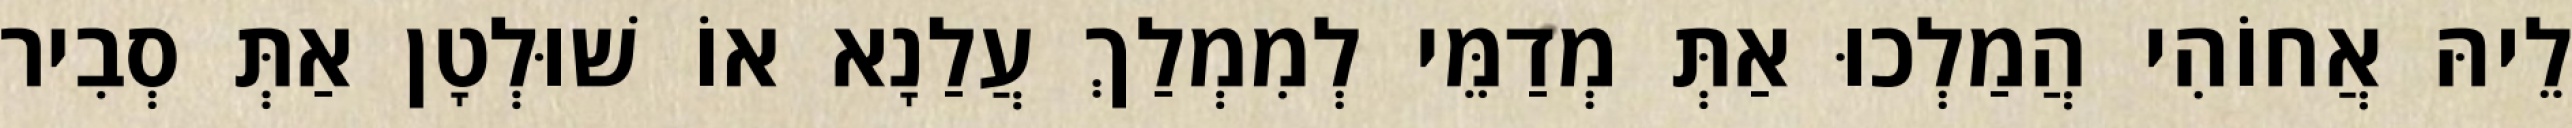
לֵיהּ אֲחוֹהִי הֲמַלְכוּ אַתְּ מְדַמֵּי לְמִמְלַךְ עֲלַנָא אוֹ שׁוּלְטָן אַתְּ סְבִיר